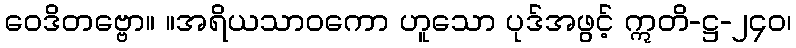
ဝေဒိတဗ္ဗော။ ။အရိယသာဝကော ဟူသော ပုဒ်အဖွင့် ဣတိ-ဋ္ဌ-၂၄၀၊